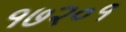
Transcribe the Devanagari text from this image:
१७२०१